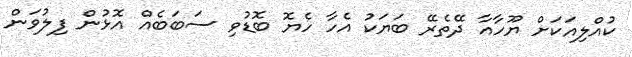
ކުއްލިއަކަށް ޔޫހާއާ ދޭތެރޭ ބަޔަކު އެހާ ހެޔޮ ބޮޑުވި ސަބަބެއް އޮޅުން ފިލުވަން